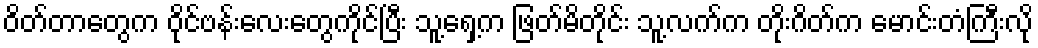
ဝိတ်တာတွေက ဝိုင်ဗန်းလေးတွေကိုင်ပြီး သူ့ရှေ့က ဖြတ်မိတိုင်း သူ့လက်က တိုးဂိတ်က မောင်းတံကြီးလို